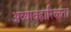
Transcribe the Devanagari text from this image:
अव्यावहारिकता